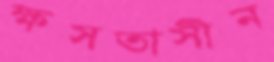
ক্ষসতাসীন